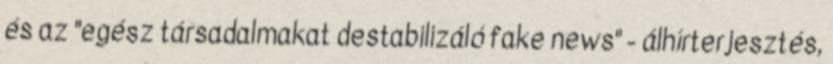
és az "egész társadalmakat destabilizáló fake news" - álhírterjesztés,